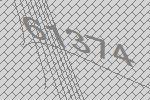
61374